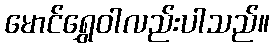
မောင်ရွှေဝါလည်းပါသည်။